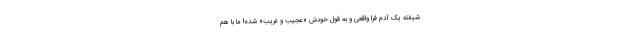
شیفته‌ یک آدمِ فرا واقعی و به قولِ خودش «عجیب و غریب» شده! ما با هم